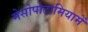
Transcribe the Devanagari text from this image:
मेसोपोटामियामें